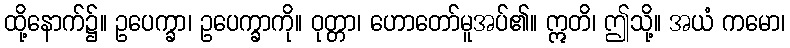
ထို့နောက်၌။ ဥပေက္ခာ၊ ဥပေက္ခာကို။ ဝုတ္တာ၊ ဟောတော်မူအပ်၏။ ဣတိ၊ ဤသို့။ အယံ ကမော၊